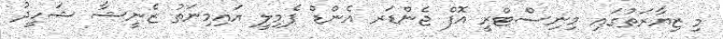
މި ޒިޔާރަތުގައި މިނިސްޓްރީ އޮފް ޖެންޑަރ އެންޑް ފެމިލީ އައިމިނަތު ޒެނީޝާ ޝަހީދު